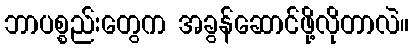
ဘာပစ္စည်းတွေက အခွန်ဆောင်ဖို့လိုတာလဲ။